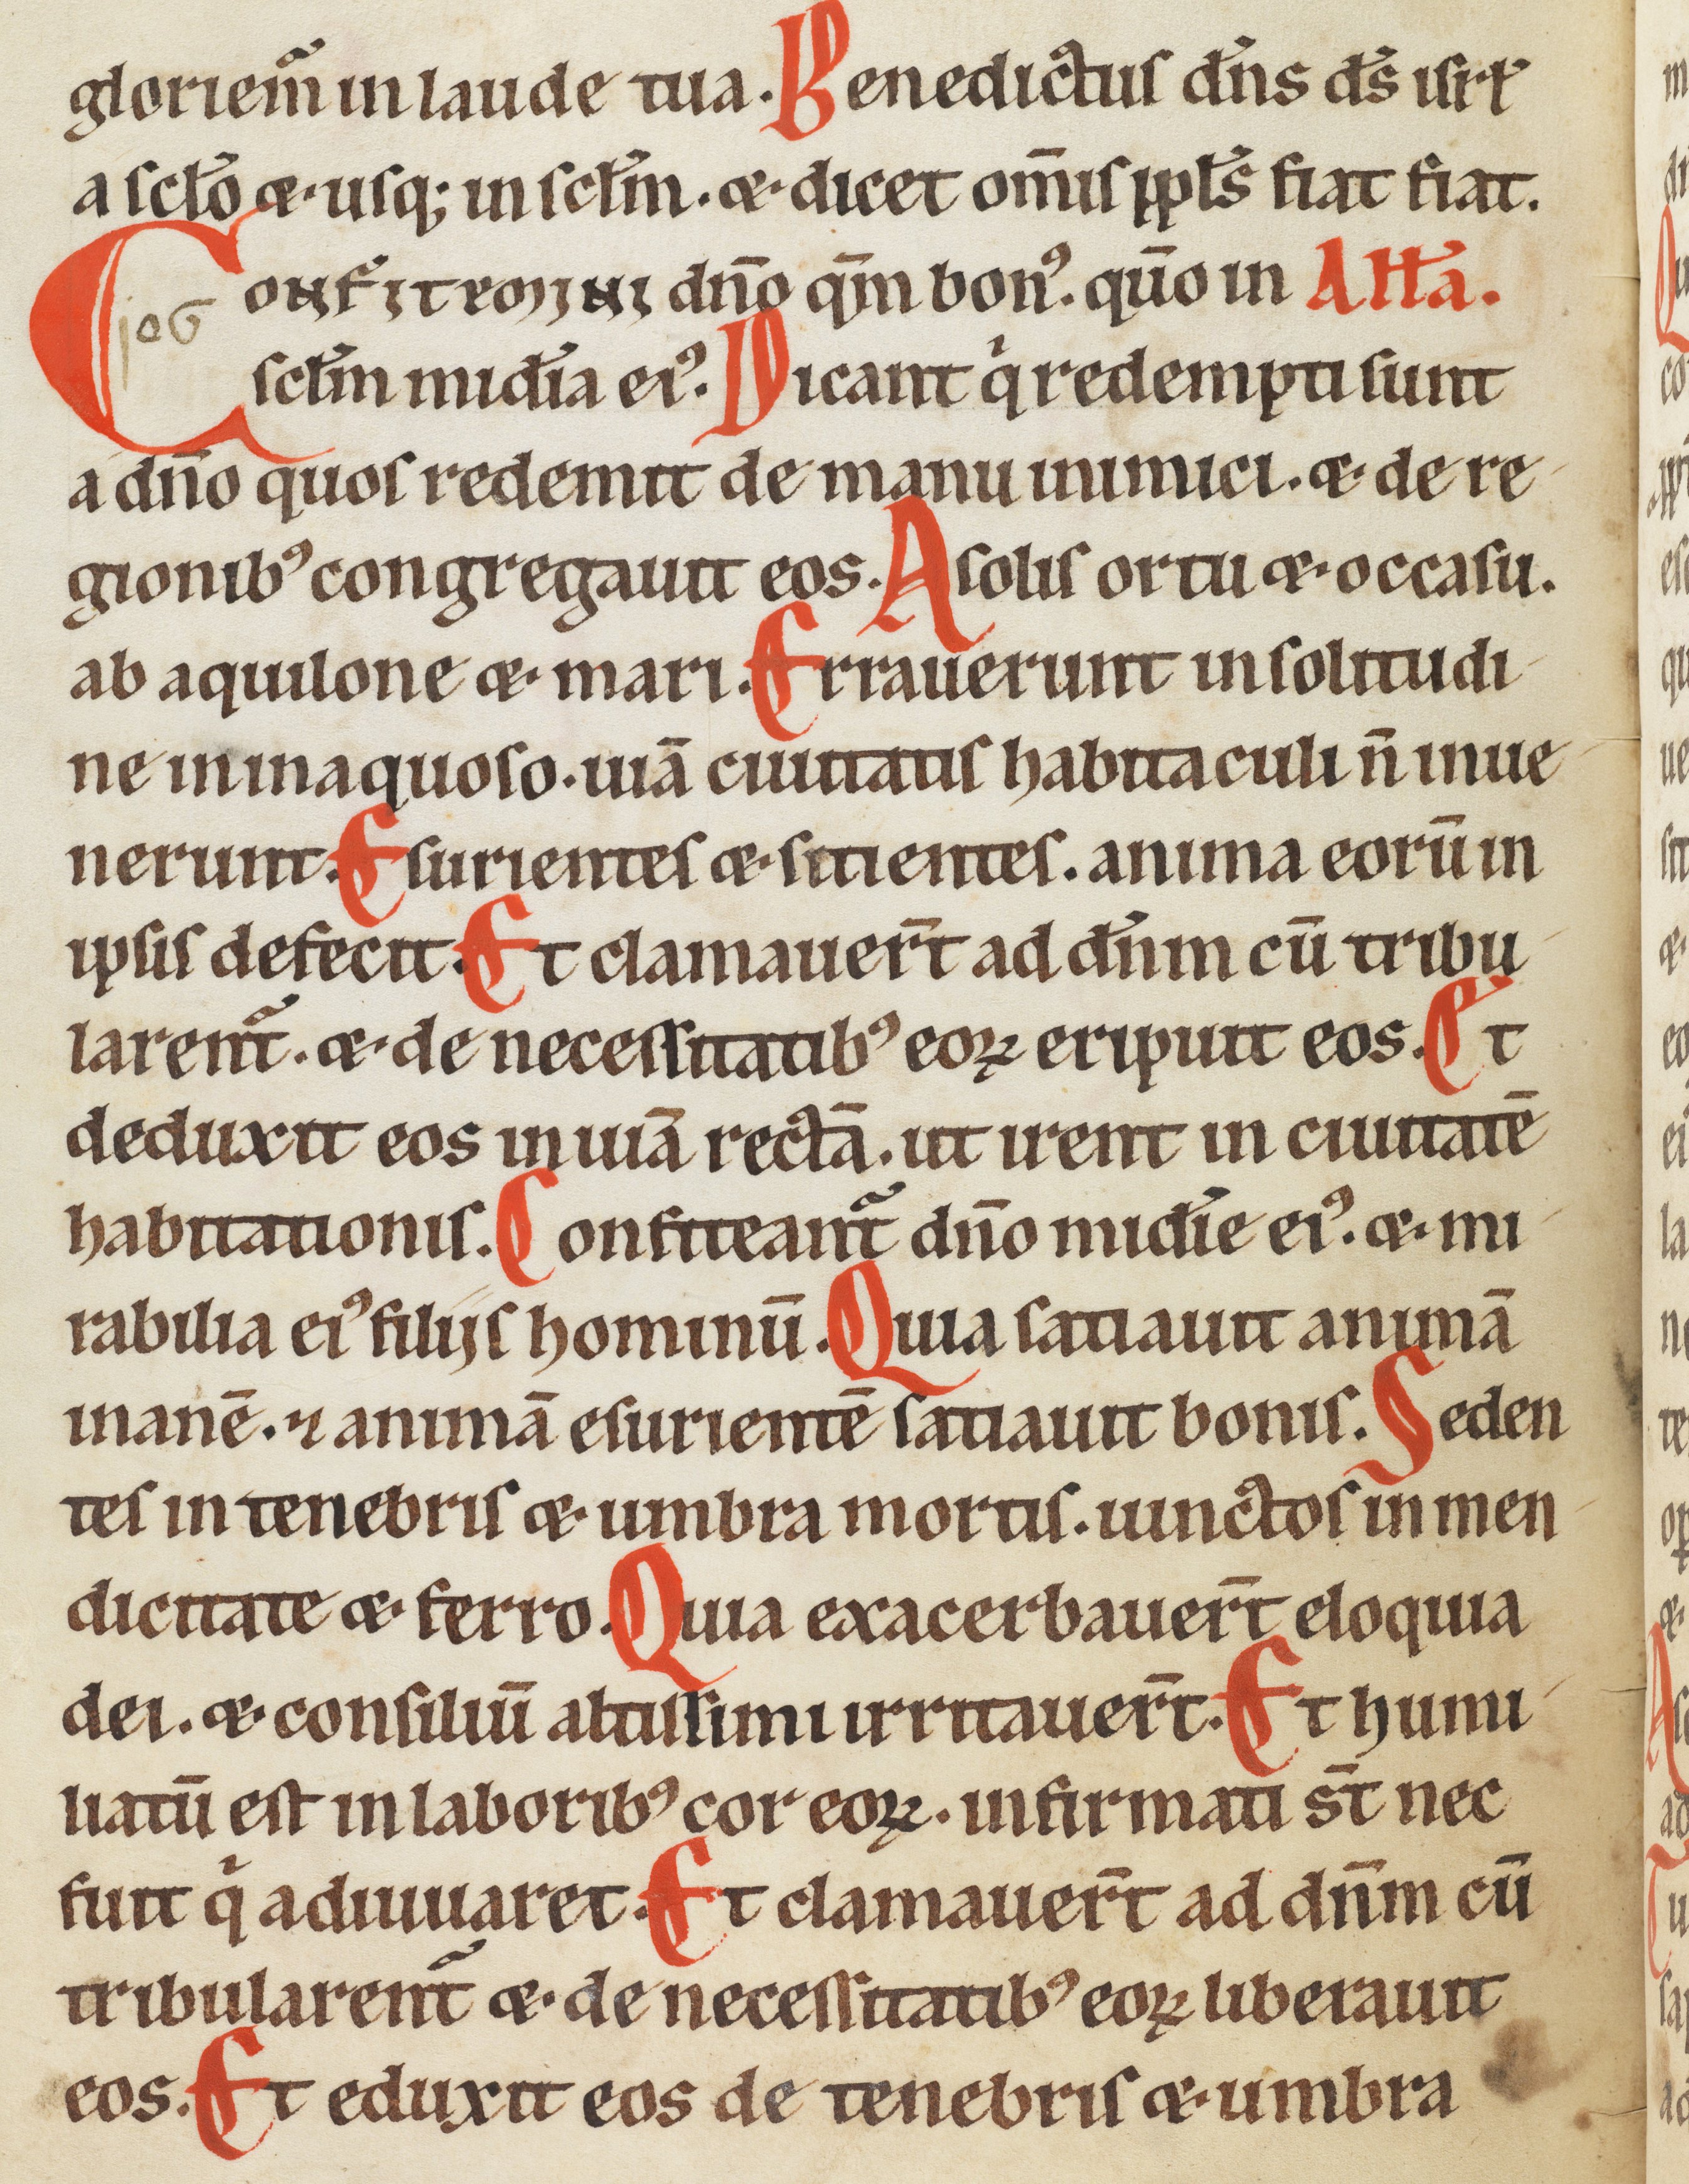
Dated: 1185–1249